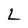
Character: L